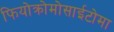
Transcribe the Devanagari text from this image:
फियोक्रोमोसाईटोमा